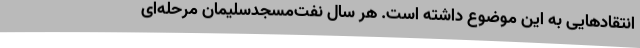
انتقادهایی به این موضوع داشته است. هر سال نفت‌مسجدسلیمان مرحله‌ای